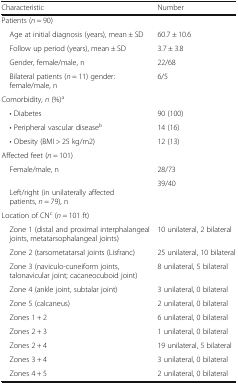
<table><thead><tr><td><b>Characteristic</b></td><td><b>Number</b></td></tr></thead><tbody><tr><td colspan="2">Patients (<i>n</i> = 90)</td></tr><tr><td> Age at initial diagnosis (years), mean ± SD</td><td>60.7 ± 10.6</td></tr><tr><td> Follow up period (years), mean ± SD</td><td>3.7 ± 3.8</td></tr><tr><td> Gender, female/male, n</td><td>22/68</td></tr><tr><td> Bilateral patients (<i>n</i> = 11) gender: female/male, n</td><td>6/5</td></tr><tr><td colspan="2">Comorbidity, <i>n</i> (%)<sup>a</sup></td></tr><tr><td> • Diabetes</td><td>90 (100)</td></tr><tr><td> • Peripheral vascular disease<sup>b</sup></td><td>14 (16)</td></tr><tr><td> • Obesity (BMI &gt; 25 kg/m2)</td><td>12 (13)</td></tr><tr><td colspan="2">Affected feet (<i>n</i> = 101)</td></tr><tr><td> Female/male, n</td><td>28/73</td></tr><tr><td> Left/right (in unilaterally affected patients, <i>n</i> = 79), n</td><td>39/40</td></tr><tr><td colspan="2">Location of CN<sup>c</sup> (<i>n</i> = 101 ft)</td></tr><tr><td> Zone 1 (distal and proximal interphalangeal joints, metatarsophalangeal joints)</td><td>10 unilateral, 2 bilateral</td></tr><tr><td> Zone 2 (tarsometatarsal joints (Lisfranc)</td><td>25 unilateral, 10 bilateral</td></tr><tr><td> Zone 3 (naviculo-cuneiform joints, talonavicular joint; cacaneocuboid joint)</td><td>8 unilateral, 5 bilateral</td></tr><tr><td> Zone 4 (ankle joint, subtalar joint)</td><td>3 unilateral, 0 bilateral</td></tr><tr><td> Zone 5 (calcaneus)</td><td>2 unilateral, 0 bilateral</td></tr><tr><td> Zones 1 + 2</td><td>6 unilateral, 0 bilateral</td></tr><tr><td> Zones 2 + 3</td><td>1 unilateral, 0 bilateral</td></tr><tr><td> Zones 2 + 4</td><td>19 unilateral, 5 bilateral</td></tr><tr><td> Zones 3 + 4</td><td>3 unilateral, 0 bilateral</td></tr><tr><td> Zones 4 + 5</td><td>2 unilateral, 0 bilateral</td></tr></tbody></table>